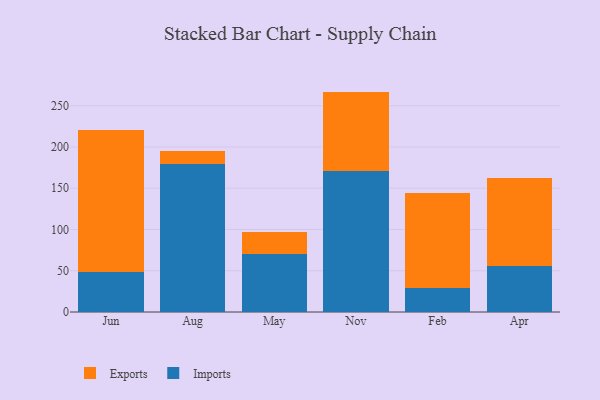
{"axis": {"x": "Month", "y": "Energy Usage (MWh)"}, "legend": ["Exports", "Imports"], "data": [{"x": "Jun", "y": 48.2, "type": "Imports"}, {"x": "Jun", "y": 172.8, "type": "Exports"}, {"x": "Aug", "y": 179.5, "type": "Imports"}, {"x": "Aug", "y": 15.7, "type": "Exports"}, {"x": "May", "y": 70.8, "type": "Imports"}, {"x": "May", "y": 26.3, "type": "Exports"}, {"x": "Nov", "y": 170.9, "type": "Imports"}, {"x": "Nov", "y": 96.2, "type": "Exports"}, {"x": "Feb", "y": 28.9, "type": "Imports"}, {"x": "Feb", "y": 115.4, "type": "Exports"}, {"x": "Apr", "y": 55.9, "type": "Imports"}, {"x": "Apr", "y": 106.6, "type": "Exports"}]}